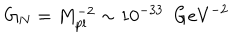
G _ { N } = M _ { \mathrm { p l } } ^ { - 2 } \sim 1 0 ^ { - 3 3 } \ \ \mathrm { G e V } ^ { - 2 }